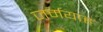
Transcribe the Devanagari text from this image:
जर्मयाह